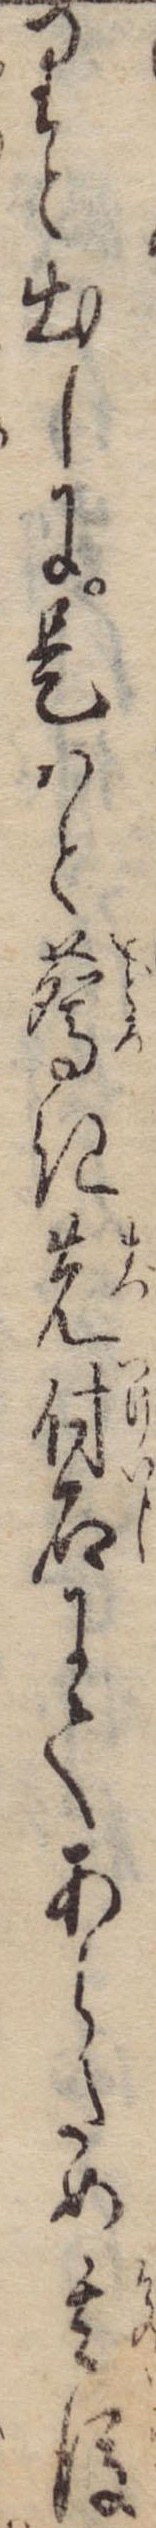
りと出しに是はと驚き先付石にてあらため其後